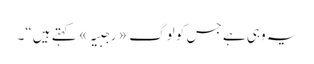
یہ وہی ہے جس کو لوگ «رجبیہ» کہتے ہیں“۔